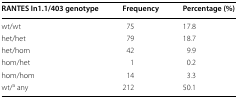
<table><thead><tr><td><b>RANTES In1.1/403 genotype</b></td><td><b>Frequency</b></td><td><b>Percentage (%)</b></td></tr></thead><tbody><tr><td>wt/wt</td><td>75</td><td>17.8</td></tr><tr><td>het/het</td><td>79</td><td>18.7</td></tr><tr><td>het/hom</td><td>42</td><td>9.9</td></tr><tr><td>hom/het</td><td>1</td><td>0.2</td></tr><tr><td>hom/hom</td><td>14</td><td>3.3</td></tr><tr><td>wt/<sup>a</sup> any</td><td>212</td><td>50.1</td></tr></tbody></table>